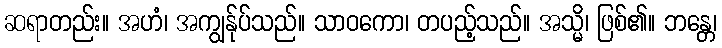
ဆရာတည်း။ အဟံ၊ အကျွန်ုပ်သည်။ သာဝကော၊ တပည့်သည်။ အသ္မိ၊ ဖြစ်၏။ ဘန္တေ၊